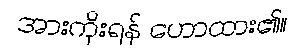
အားကိုးရန် ဟောထား၏။